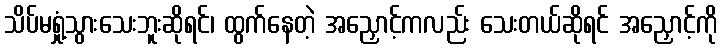
သိပ်မရှုံ့သွားသေးဘူးဆိုရင်၊ ထွက်နေတဲ့ အညှောင့်ကလည်း သေးတယ်ဆိုရင် အညှောင့်ကို